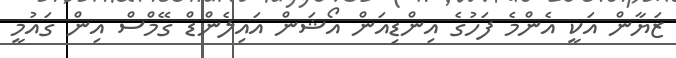
ޒަޔާން އަކީ އެންމެ ފަހުގެ އިންޑިއަން އޯޝަން އައިލެންޑް ގޭމްސް އިން ގައުމީ